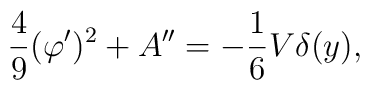
\frac{4}{9}(\varphi ^{\prime })^{2}+A^{\prime \prime }=-\frac{1}{6}V\delta(y),